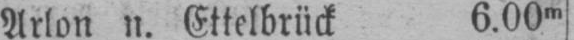
Arlon n. Ettelbrück 6.00m